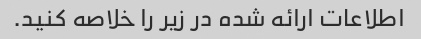
اطلاعات ارائه شده در زیر را خلاصه کنید.